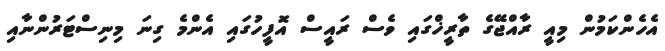
އެހެންކަމުން މިއީ ރާއްޖޭގެ ތާރީޚްގައި ވެސް ރައީސް އޮފީހުގައި އެންމެ ގިނަ މިނިސްޓަރުންނާއި